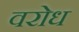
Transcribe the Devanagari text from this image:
वरोध